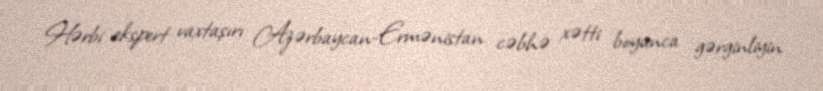
Hərbi ekspert vaxtaşırı Azərbaycan-Ermənistan cəbhə xətti boyunca gərginliyin